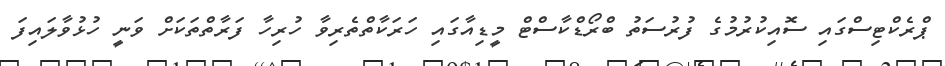
ޕްރެކްޓިސްގައި ސޮއިކުރުުމުގެ ފުރުސަތު ބްރޯޑްކާސްޓް މީޑިއާގައި ހަރަކާތްތެރިވާ ހުރިހާ ފަރާތްތަކަށް ވަނީ ހުޅުވާލައިފަ